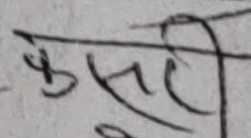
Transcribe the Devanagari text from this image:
केही